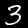
Digit: 3